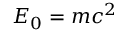
E _ { 0 } = m c ^ { 2 }